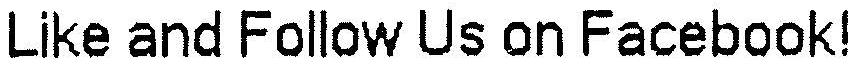
LIKE AND FOLLOW US ON FACEBOOK!